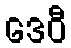
ဒေဝီ